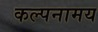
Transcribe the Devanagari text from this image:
कल्पनामय